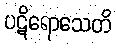
ပဋိရောသေတိ